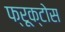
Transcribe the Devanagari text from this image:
फ्रूक्टोस